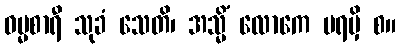
ဓမ္မစာရီ သုခံ သေတိ၊ အသ္မိံ လောကေ ပရမှိ စ။